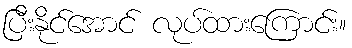
ပြီးနိုင်အောင် လုပ်ထားကြောင်း။